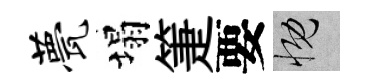
甍塌箑要慨